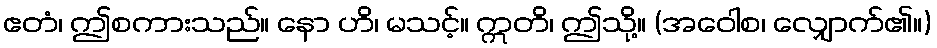
ဧတံ၊ ဤစကားသည်။ နော ဟိ၊ မသင့်။ ဣတိ၊ ဤသို့။ (အဝေါစ၊ လျှောက်၏။)